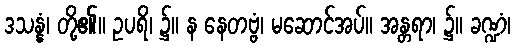
ဒသန္နံ၊ တို့၏။ ဥပရိ၊ ၌။ န နေတဗ္ဗံ၊ မဆောင်အပ်။ အန္တရာ၊ ၌။ ခဏ္ဍံ၊